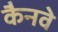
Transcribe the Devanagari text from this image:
कैनवे